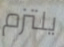
يلتزم